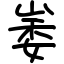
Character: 崣